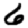
Digit: 6